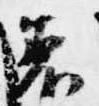
着